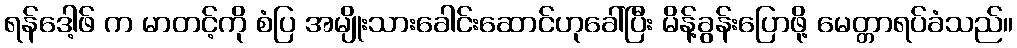
ရန်ဒေါ့ဖ် က မာတင့်ကို စံပြ အမျိုးသားခေါင်းဆောင်ဟုခေါ်ပြီး မိန့်ခွန်းပြောဖို့ မေတ္တာရပ်ခံသည်။